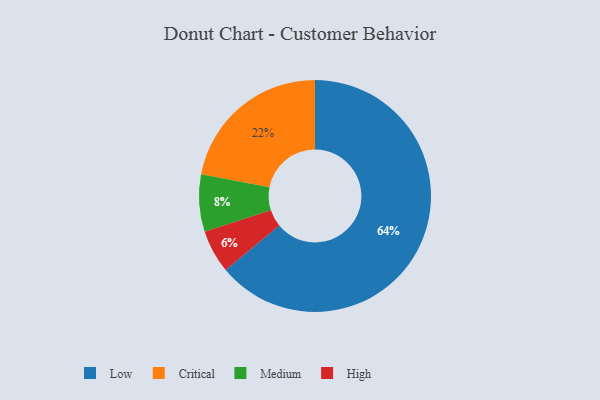
{"axis": {"x": "Category", "y": "Percentage"}, "legend": ["Critical", "High", "Low", "Medium"], "data": [{"x": "High", "y": 6, "type": "High"}, {"x": "Low", "y": 64, "type": "Low"}, {"x": "Critical", "y": 22, "type": "Critical"}, {"x": "Medium", "y": 8, "type": "Medium"}]}